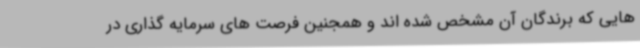
هایی که برندگان آن مشخص شده اند و همجنین فرصت های سرمایه گذاری در